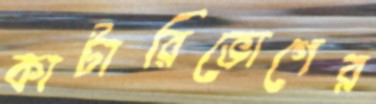
কাটারিভোগের